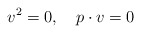
\begin{align*}v^2=0,\quad p\cdot v=0 \end{align*}